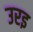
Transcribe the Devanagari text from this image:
उरइ